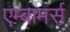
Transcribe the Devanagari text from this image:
एम्बामर्स